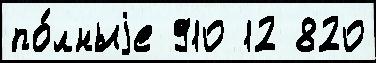
по́лныjе 910 12 820